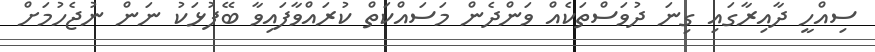
ސިއްހީ ދާއިރާގައި ގިނަ ދުވަސްތަކެއް ވަންދެން މަސައްކަތް ކުރައްވާފައިވާ ބޭފުޅަކު ނަން ނުޖެހުމަށް